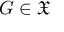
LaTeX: G \in { \mathfrak { X } }